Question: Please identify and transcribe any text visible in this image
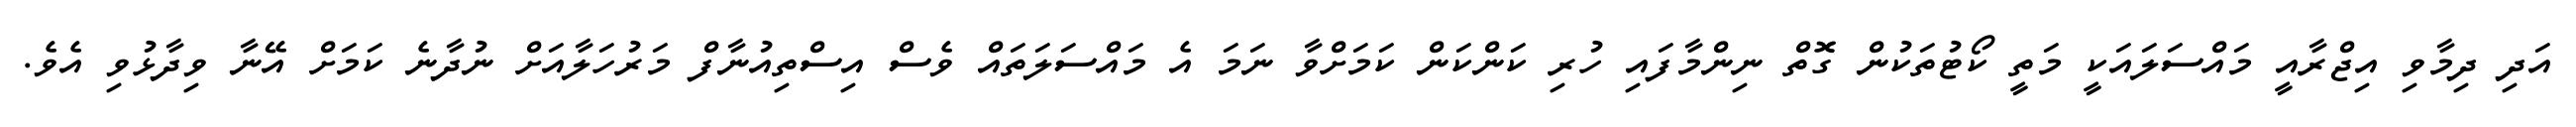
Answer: އަދި ދިމާވި އިޖްރާއީ މައްސަލައަކީ މަތީ ކޯޓުތަކުން ގޮތް ނިންމާފައި ހުރި ކަންކަން ކަމަށްވާ ނަމަ އެ މައްސަލަތައް ވެސް އިސްތިއުނާފް މަރުހަލާއަށް ނުދާނެ ކަމަށް އޭނާ ވިދާޅުވި އެވެ.